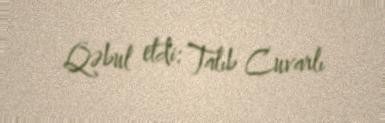
Qəbul etdi: Talıb Cuvarlı